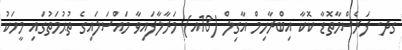
ގދ. ފަރެސްމާތޮޑާ ކޮކާ އިބްރާހިމް އާގިލް (18އ) މަރާލާފައިވާ މައްސަލައިގެ ތުޙުމަތުގައި މީހަކު